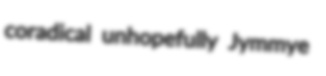
coradical unhopefully Jymmye